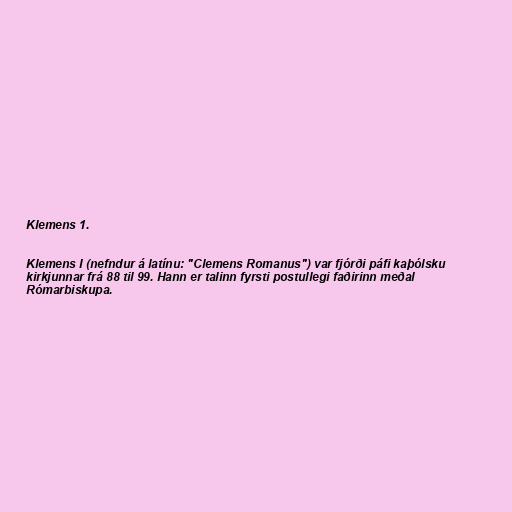
Klemens 1.

Klemens I (nefndur á latínu: "Clemens Romanus") var fjórði páfi kaþólsku
kirkjunnar frá 88 til 99. Hann er talinn fyrsti postullegi faðirinn meðal
Rómarbiskupa.